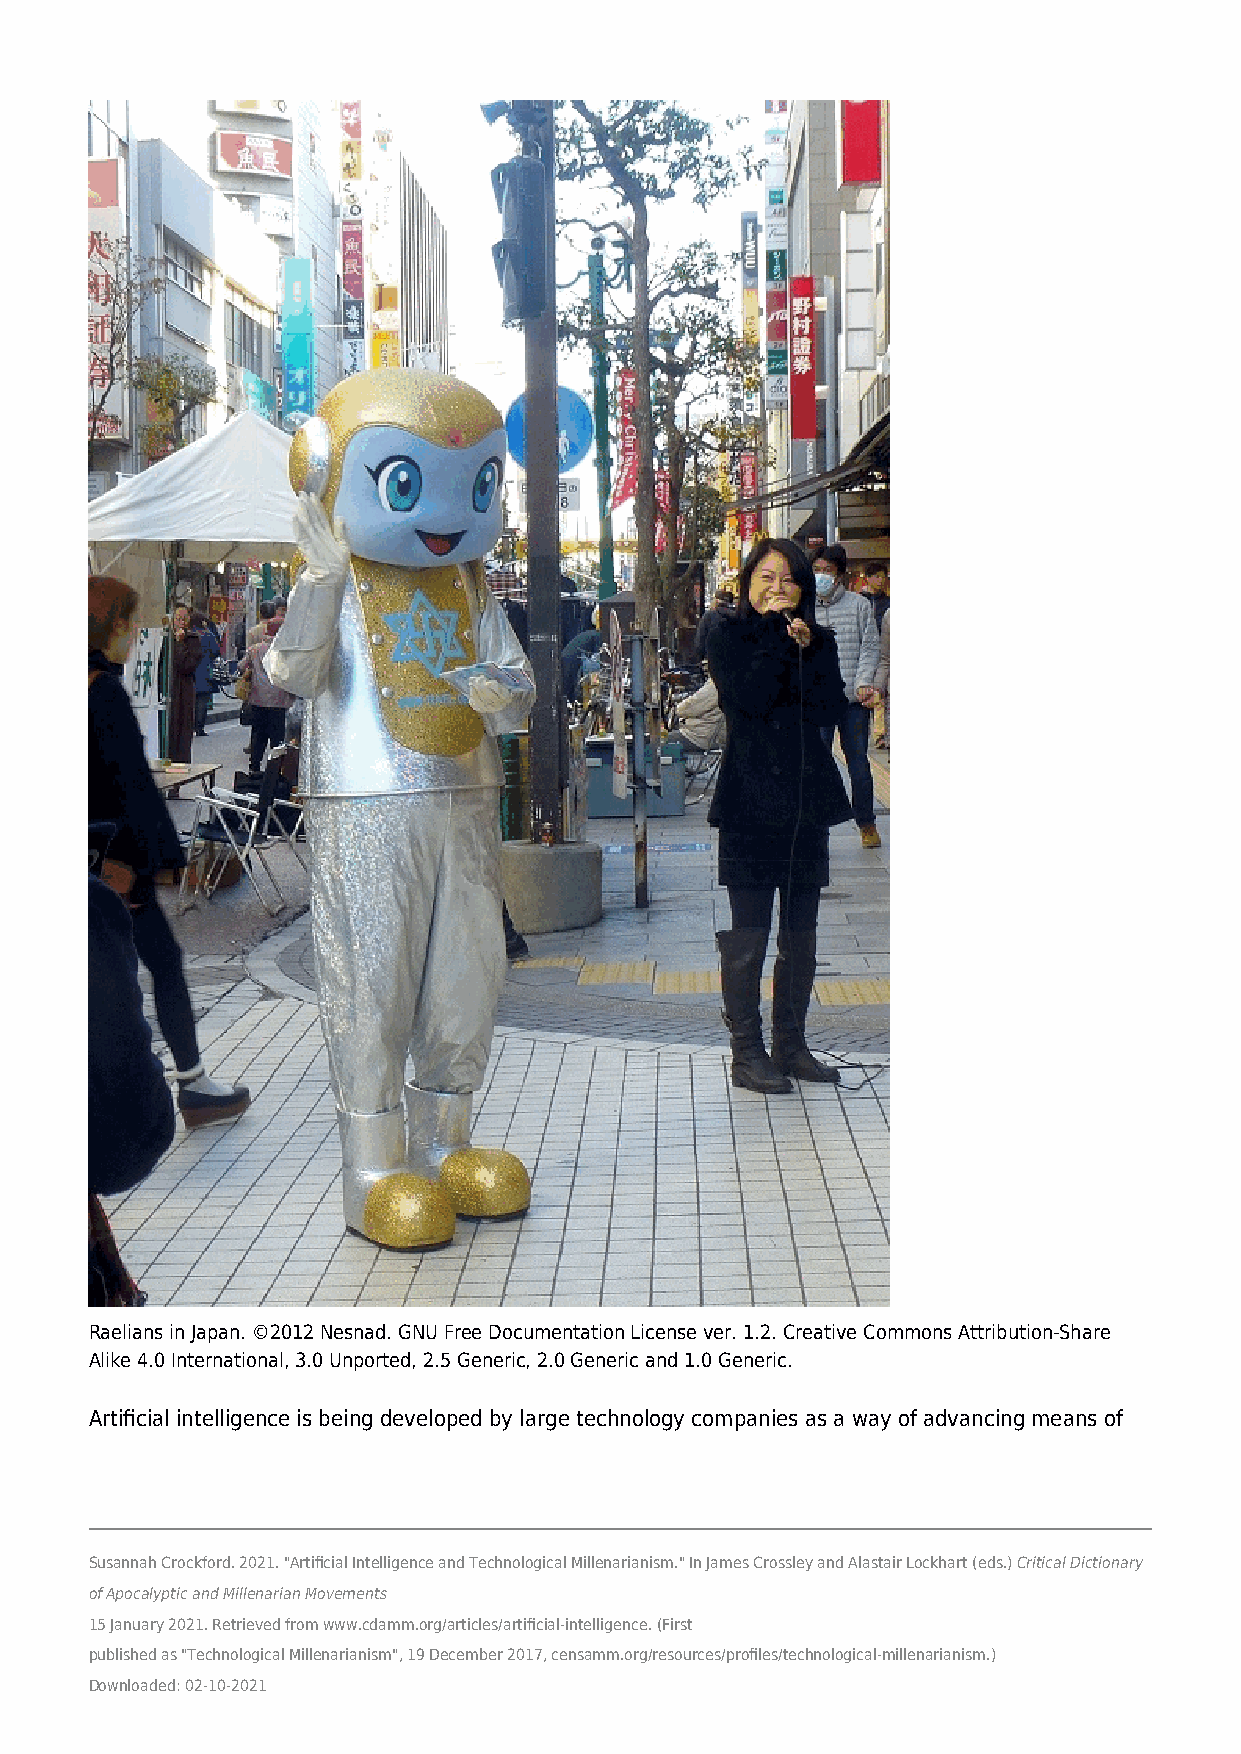
Raelians in Japan. ©2012 Nesnad. GNU Free Documentation License ver. 1.2. Creative Commons Attribution-Share
 Alike 4.0 International, 3.0 Unported, 2.5 Generic, 2.0 Generic and 1.0 Generic.
 Artificial intelligence is being developed by large technology companies as a way of advancing means of
 Susannah Crockford. 2021. "Artificial Intelligence and Technological Millenarianism." In James Crossley and Alastair Lockhart (eds.) Critical Dictionary
 of Apocalyptic and Millenarian Movements
 15 January 2021. Retrieved from www.cdamm.org/articles/artificial-intelligence. (First
 published as "Technological Millenarianism", 19 December 2017, censamm.org/resources/profiles/technological-millenarianism.)
 Downloaded: 02-10-2021